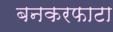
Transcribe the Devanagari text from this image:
बनकरफाटा